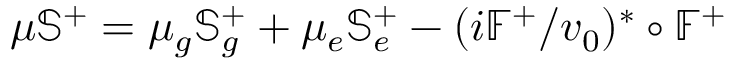
\mu \mathbb { S } ^ { + } = \mu _ { g } \mathbb { S } _ { g } ^ { + } + \mu _ { e } \mathbb { S } _ { e } ^ { + } - ( i \mathbb { F } ^ { + } / v _ { 0 } ) ^ { \ast } \circ \mathbb { F } ^ { + }